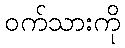
ဝက်သားကို